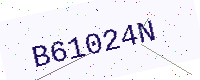
Text: B61024N